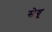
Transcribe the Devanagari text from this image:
सेवू